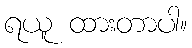
ရယူ ထားတာပါ။